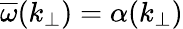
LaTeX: \overline{{\omega}}(k_{\perp})=\alpha(k_{\perp})